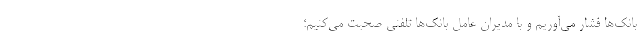
بانک‌ها فشار می‌آوریم و با مدیران عامل بانک‌ها تلفنی صحبت می‌کنیم؛